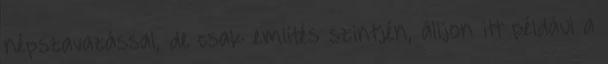
népszavazással, de csak említés szintjén, álljon itt például a